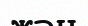
жән